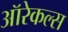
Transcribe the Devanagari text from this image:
ऑरेकल्स